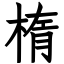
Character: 楕